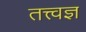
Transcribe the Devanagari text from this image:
तत्त्‍वज्ञ